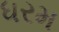
ધરમ